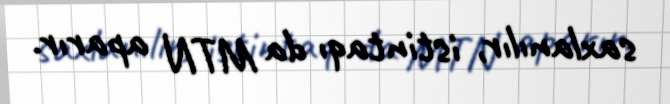
saxlanılır, istintaqı da MTN aparır.